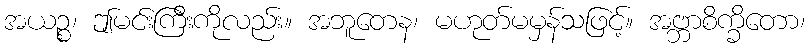
အယဉ္စ၊ ဤမင်းကြီးကိုလည်း။ အဘူတေန၊ မဟုတ်မမှန်သဖြင့်။ အဗ္ဘာစိက္ခိတော၊